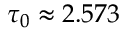
\tau _ { 0 } \approx 2 . 5 7 3